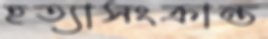
হত্যাসংক্রান্ত